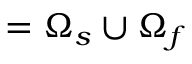
= \Omega _ { s } \cup \Omega _ { f }